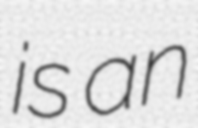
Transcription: is an